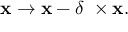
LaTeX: \mathbf { x } \rightarrow \mathbf { x } - \delta \mathbf { \theta } \times \mathbf { x } .